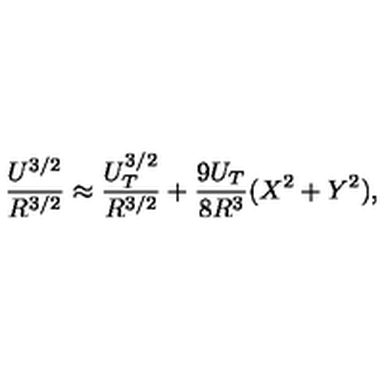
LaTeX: \frac { U ^ { 3 / 2 } } { R ^ { 3 / 2 } } \approx \frac { U _ { T } ^ { 3 / 2 } } { R ^ { 3 / 2 } } + \frac { 9 U _ { T } } { 8 R ^ { 3 } } ( X ^ { 2 } + Y ^ { 2 } ) ,